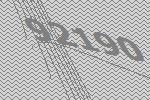
92190